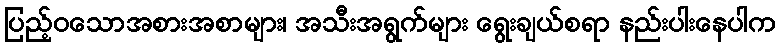
ပြည့်ဝသောအစားအစာများ၊ အသီးအရွက်များ ရွေးချယ်စရာ နည်းပါးနေပါက